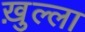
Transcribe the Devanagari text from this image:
ख़ुल्ला